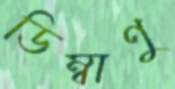
ডিম্বাণু